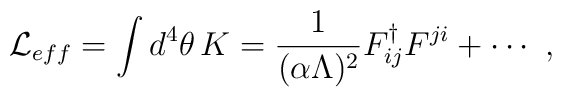
{\cal L}_{eff}  = \int d^4 \theta \, K  = {1 \over {(\alpha \Lambda)^2}}F^{\dag}_{ij} F^{ji} + \cdots \ ,